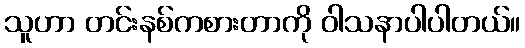
သူဟာ တင်းနစ်ကစားတာကို ဝါသနာပါပါတယ်။